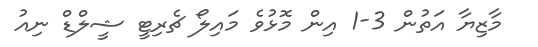
މާޒިޔާ އަތުން 3-1 އިން މޮޅުވެ މައިލޯ ޗެރިޓީ ޝީލްޑް ނިއު